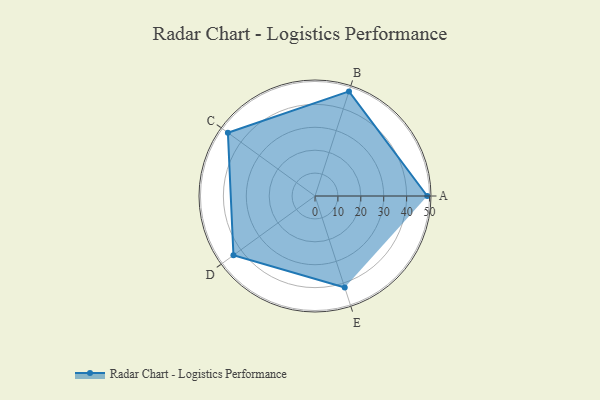
{"axis": {"x": "Skill", "y": "Score"}, "legend": ["Profile"], "data": [{"x": "A", "y": 49.0, "type": "Profile"}, {"x": "B", "y": 48.0, "type": "Profile"}, {"x": "C", "y": 47.0, "type": "Profile"}, {"x": "D", "y": 44.0, "type": "Profile"}, {"x": "E", "y": 42.0, "type": "Profile"}]}